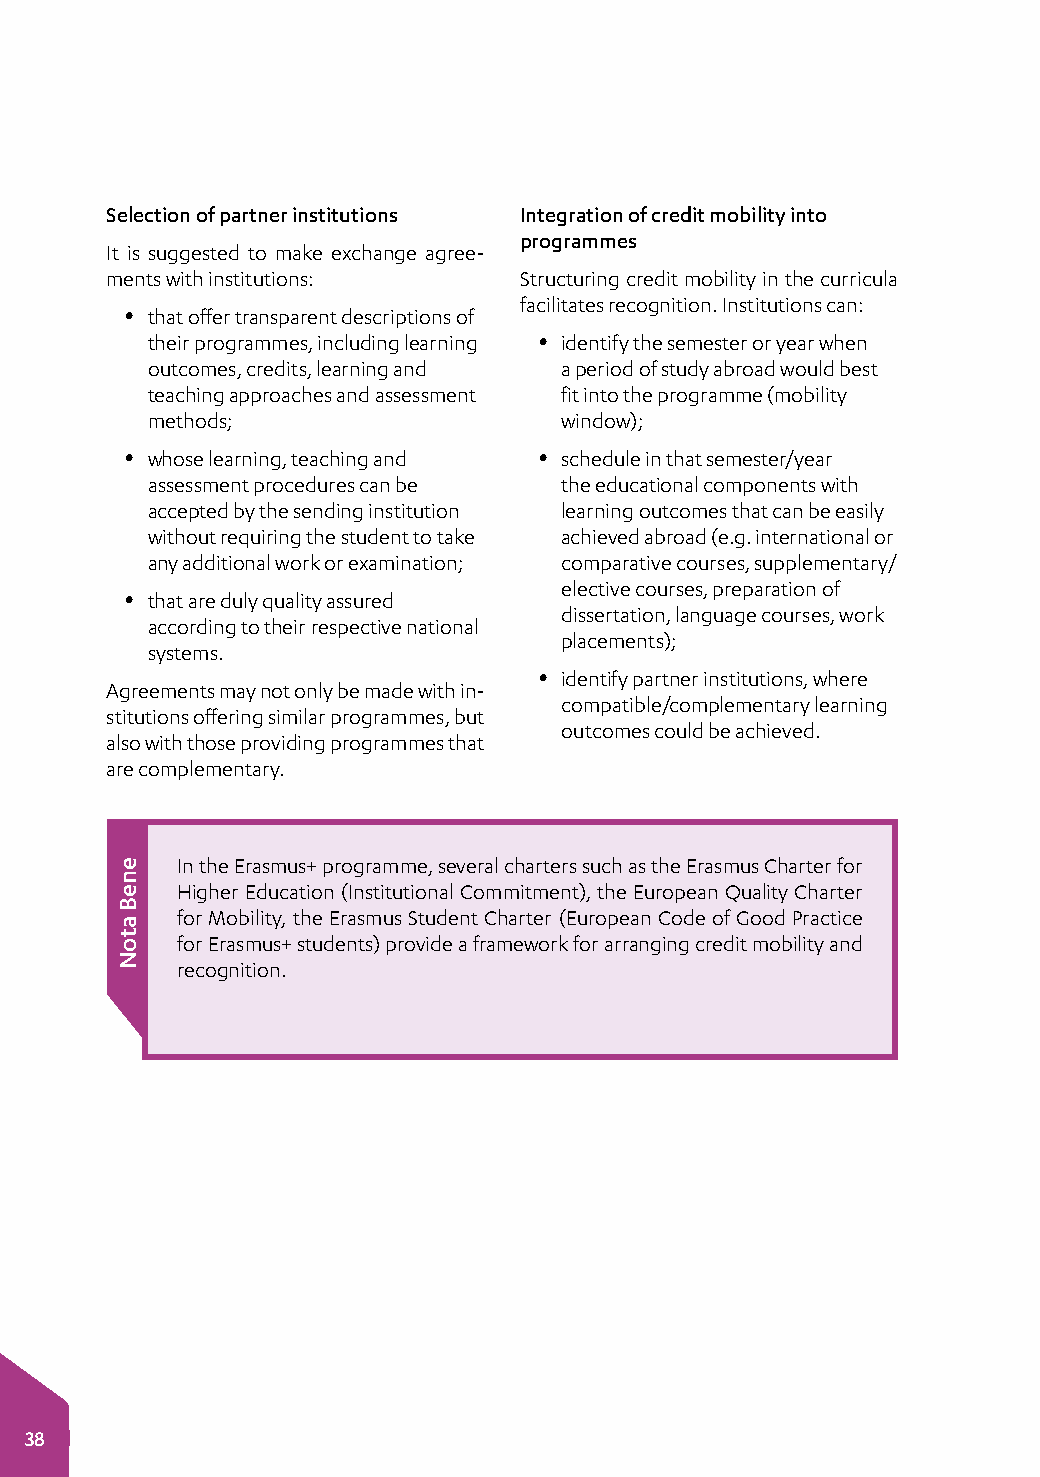
Selection of partner institutions Integration of credit mobility into
 programmes
 It is suggested to make exchange agree­
 ments with institutions:   Structuring credit mobility in the curricula
 facilitates recognition. Institutions can:
 y that offer transparent descriptions of
 their programmes, including learning y identify the semester or year when
 outcomes, credits, learning and a period of study abroad would best
 teaching approaches and assessment fit into the programme (mobility
 methods;                   window);
 y whose learning, teaching and y schedule in that semester/year
 assessment procedures can be the educational components with
 accepted by the sending institution learning outcomes that can be easily
 without requiring the student to take achieved abroad (e.g. international or
 any additional work or examination; comparative courses, supplementary/
 elective courses, preparation of
 y that are duly quality assured
 dissertation, language courses, work
 according to their respective national
 placements);
 systems.
 y identify partner institutions, where
 Agreements may not only be made with in­
 compatible/complementary learning
 stitutions offering similar programmes, but
 outcomes could be achieved.
 also with those providing programmes that
 are complementary.
 In the Erasmus+ programme, several charters such as the Erasmus Charter for
 Higher Education (Institutional Commitment), the European Quality Charter
 for Mobility, the Erasmus Student Charter (European Code of Good Practice
 for Erasmus+ students) provide a framework for arranging credit mobility and
 recognition.
 38
 eneB
 atoN